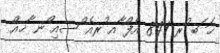
ޚަ ަބ ުރ 841 އެފް ާއ ުރއެ ްސއި ްނ ާޚއް